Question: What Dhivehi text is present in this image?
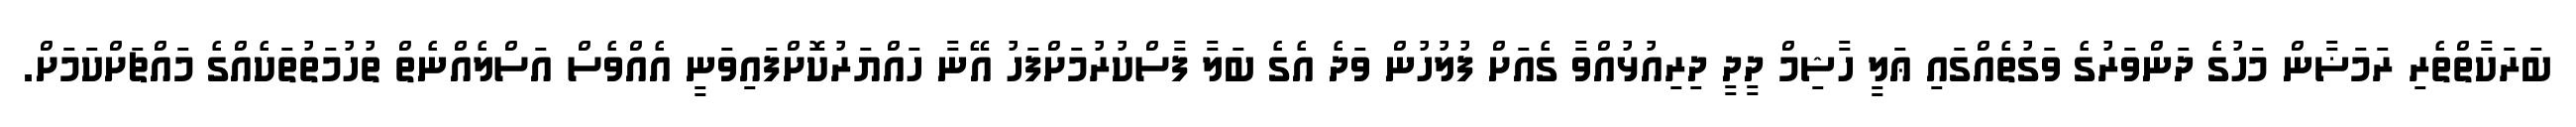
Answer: ބަރަކާތްތެރި ރަމަޟާން މަހުގެ ދަންވަރުގެ ވަގުތެއްގައި ޢަލީ ހާޝިމް ދީދީ ދިރިއުޅުއްވާ ގެއަށް ފުލުހުން ވަދެ އެގެ ބަލާ ފާސްކުރުމަށްފަހު އޭނާ ހައްޔަރުކޮށްފައިވަނީ އެއްވެސް އަސްލެއްނެތް ތުހުމަތުތަކެއްގެ މައްޗަށްކަމަށް.